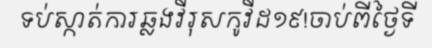
ទប់ស្កាត់ការឆ្លងវីរុសកូវីដ១៩!ចាប់ពីថ្ងៃទី